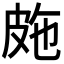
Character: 𭽤